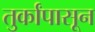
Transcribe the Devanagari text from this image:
तुर्कांपासून